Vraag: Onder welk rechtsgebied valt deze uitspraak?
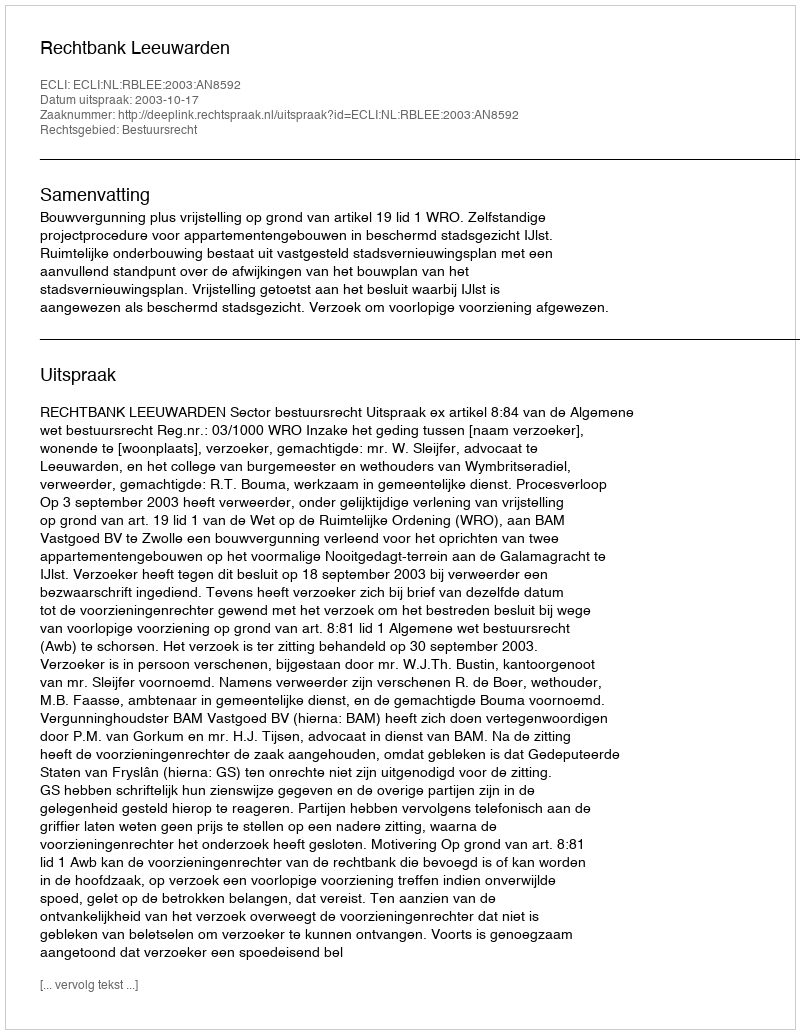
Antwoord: Bestuursrecht